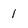
Character: 1